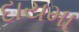
દાયમા